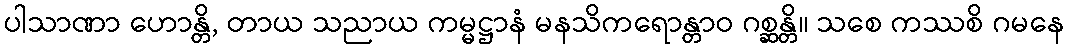
ပါသာဏာ ဟောန္တိ, တာယ သညာယ ကမ္မဋ္ဌာနံ မနသိကရောန္တာဝ ဂစ္ဆန္တိ။ သစေ ကဿစိ ဂမနေ